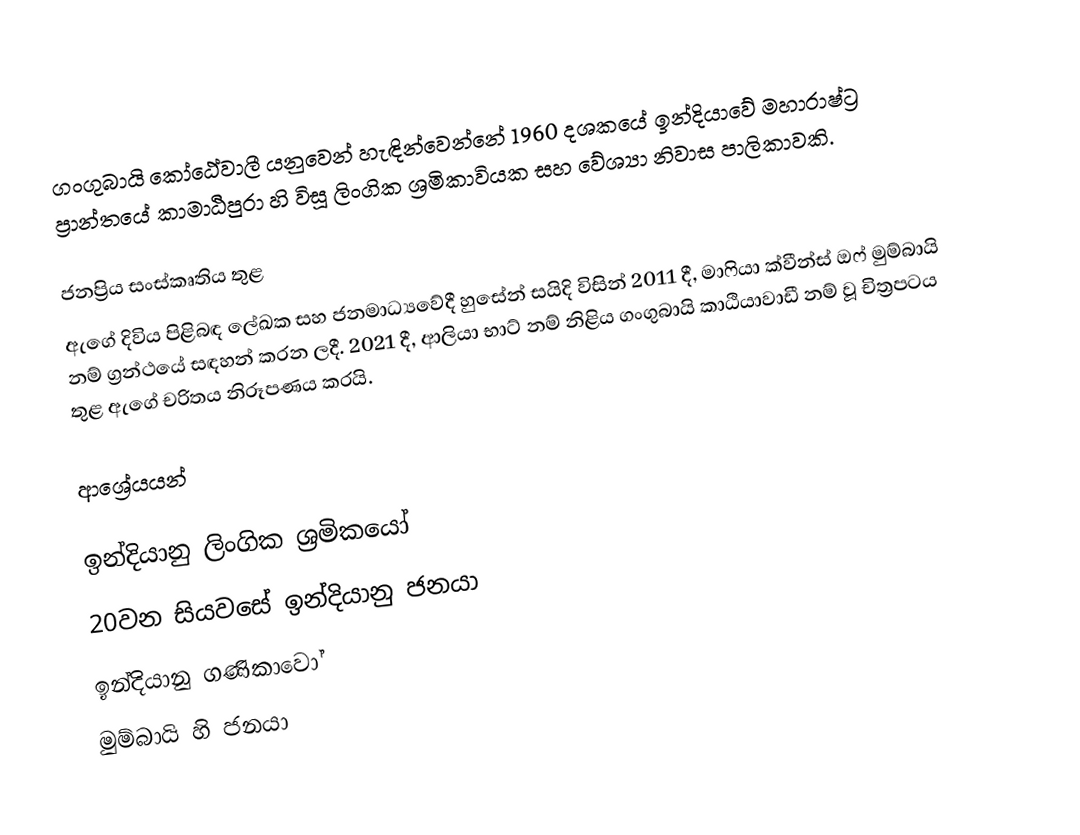
ගංගුබායි කෝඨේවාලී යනුවෙන් හැඳින්වෙන්නේ 1960 දශකයේ ඉන්දියාවේ මහාරාෂ්ට්‍ර ප්‍රාන්තයේ කාමාඨිපුරා හි විසූ ලිංගික ශ්‍රමිකාවියක සහ වේශ්‍යා නිවාස පාලිකාවකි.

ජනප්‍රිය සංස්කෘතිය තුළ
ඇගේ දිවිය පිළිබඳ ලේඛක සහ ජනමාධ්‍යවේදී හුසේන් සයිදි විසින් 2011 දී, මාෆියා ක්වීන්ස් ඔෆ් මුම්බායි නම් ග්‍රන්ථයේ සඳහන් කරන ලදී. 2021 දී, ආලියා භාට් නම් නිළිය ගංගුබායි කාඨියාවාඩී නම් වූ චිත්‍රපටය තුළ ඇගේ චරිතය නිරූපණය කරයි.

ආශ්‍රේයයන්

ඉන්දියානු ලිංගික ශ්‍රමිකයෝ
20වන සියවසේ ඉන්දියානු ජනයා
ඉන්දියානු ගණිකාවෝ
මුම්බායි හි ජනයා